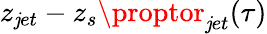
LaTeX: z_{\mathit{j}et}-z_{s}\proptor_{\mathit{j}et}(\tau)